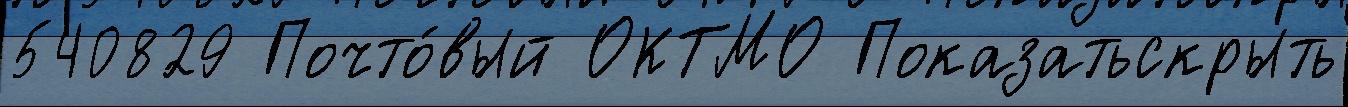
540829 Почто́вый ОКТМО Показатьскрыть